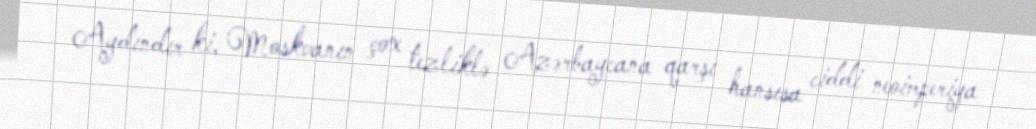
Aydındır ki, Moskvanın çox tezliklə Azərbaycana qarşı hansısa ciddi neoimperiya